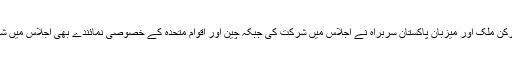
تمام دس رکن ملک اور میزبان پاکستان سربراہ نے اجلاس میں شرکت کی جبکہ چین اور اقوام متحدہ کے خصوصی نمائندے بھی اجلاس میں شرکت کی۔